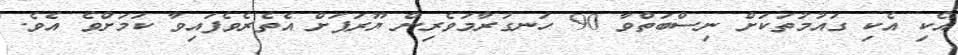
އެކި އެކި ގައުމުތަކަށް ނިސްބަތްވާ 90 ހަނގުރާމަވެރިން ޔޫރަޕަށް އެތެރެވެފައިވާ ކަމަށްވެ އެވެ.